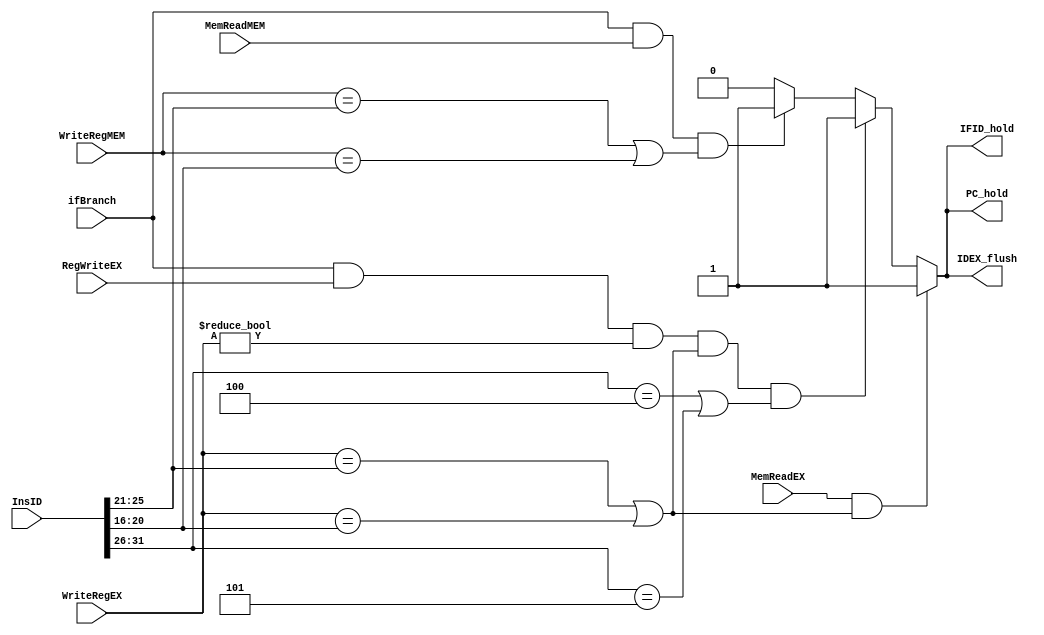
`ifndef _hazard_detect
`define _hazard_detect
`timescale 1ns / 1ps
//////////////////////////////////////////////////////////////////////////////////
// Company:
// Engineer:
//
// Design Name:
// Module Name:    HazardDetect
// Project Name:
// Target Devices:
// Tool versions:
// Description:
//
// Dependencies:
//
// Revision:
// Revision 0.01 - File Created
// Additional Comments:
//
//////////////////////////////////////////////////////////////////////////////////
module HazardDetect(ifBranch, MemReadEX, MemReadMEM, RegWriteEX,
		WriteRegEX, WriteRegMEM, InsID,
		PC_hold, IDEX_flush, IFID_hold
);

	input ifBranch;
	input MemReadEX, MemReadMEM, RegWriteEX;
	input [4:0] WriteRegEX, WriteRegMEM;
	input [31:0] InsID;

	output reg PC_hold, IDEX_flush, IFID_hold;

	always @ * begin
		// load use detect
		if (MemReadEX && ( WriteRegEX == InsID[25:21] || WriteRegEX == InsID[20:16])) begin
			PC_hold = 1'b1;
			IDEX_flush = 1'b1;
			IFID_hold = 1'b1;
		end
		// control (not lw) detect
		else if (ifBranch && RegWriteEX && WriteRegEX != 0 && (WriteRegEX == InsID[25:21] || WriteRegEX == InsID[20:16]) && (InsID[31:26] == 6'b000100 || InsID[31:26] == 6'b000101)) begin
			PC_hold = 1'b1;
			IDEX_flush = 1'b1;
			IFID_hold = 1'b1;
		end
		// control (lw) for lw, ???, branch situation detect
		else if (ifBranch && MemReadMEM && (WriteRegMEM == InsID[25:21] || WriteRegMEM == InsID[20:16])) begin
			PC_hold = 1'b1;
			IDEX_flush = 1'b1;
			IFID_hold = 1'b1;
		end
		else begin
			PC_hold = 1'b0;
			IDEX_flush = 1'b0;
			IFID_hold = 1'b0;
		end
	end

endmodule
`endif